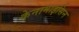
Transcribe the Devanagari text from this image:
केनामाइसिन